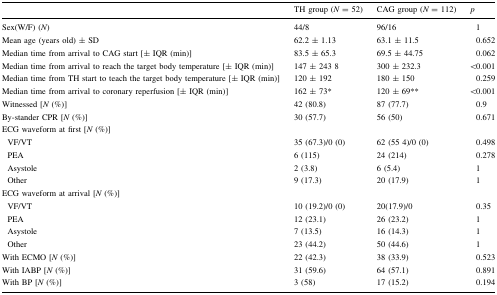
<table><thead><tr><td></td><td><b>TH group (<i>N</i> = 52)</b></td><td><b>CAG group (<i>N</i> = 112)</b></td><td><b><i>p</i></b></td></tr></thead><tbody><tr><td>Sex(W/F) (<i>N</i>)</td><td>44/8</td><td>96/16</td><td>1</td></tr><tr><td>Mean age (years old) ± SD</td><td>62.2 ± 1.13</td><td>63.1 ± 11.5</td><td>0.652</td></tr><tr><td>Median time from arrival to CAG start [± IQR (min)]</td><td>83.5 ± 65.3</td><td>69.5 ± 44.75</td><td>0.062</td></tr><tr><td>Median time from arrival to reach the target body temperature [± IQR (min)]</td><td>147 ± 243 8</td><td>300 ± 232.3</td><td>&lt;0.001</td></tr><tr><td>Median time from TH start to teach the target body temperature [± IQR (min)]</td><td>120 ± 192</td><td>180 ± 150</td><td>0.259</td></tr><tr><td>Median time from arrival to coronary reperfusion [± IQR (min)]</td><td>162 ± 73*</td><td>120 ± 69**</td><td>&lt;0.001</td></tr><tr><td>Witnessed [<i>N</i> (%)]</td><td>42 (80.8)</td><td>87 (77.7)</td><td>0.9</td></tr><tr><td>By-stander CPR [<i>N</i> (%)]</td><td>30 (57.7)</td><td>56 (50)</td><td>0.671</td></tr><tr><td colspan="4">ECG waveform at first [<i>N</i> (%)]</td></tr><tr><td> VF/VT</td><td>35 (67.3)/0 (0)</td><td>62 (55 4)/0 (0)</td><td>0.498</td></tr><tr><td> PEA</td><td>6 (115)</td><td>24 (214)</td><td>0.278</td></tr><tr><td> Asystole</td><td>2 (3.8)</td><td>6 (5.4)</td><td>1</td></tr><tr><td> Other</td><td>9 (17.3)</td><td>20 (17.9)</td><td>1</td></tr><tr><td colspan="4">ECG waveform at arrival [<i>N</i> (%)]</td></tr><tr><td> VF/VT</td><td>10 (19.2)/0 (0)</td><td>20(17.9)/0</td><td>0.35</td></tr><tr><td> PEA</td><td>12 (23.1)</td><td>26 (23.2)</td><td>1</td></tr><tr><td> Asystole</td><td>7 (13.5)</td><td>16 (14.3)</td><td>1</td></tr><tr><td> Other</td><td>23 (44.2)</td><td>50 (44.6)</td><td>1</td></tr><tr><td>With ECMO [<i>N</i> (%)]</td><td>22 (42.3)</td><td>38 (33.9)</td><td>0.523</td></tr><tr><td>With IABP [<i>N</i> (%)]</td><td>31 (59.6)</td><td>64 (57.1)</td><td>0.891</td></tr><tr><td>With BP [<i>N</i> (%)]</td><td>3 (58)</td><td>17 (15.2)</td><td>0.194</td></tr></tbody></table>